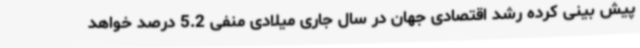
پیش بینی کرده رشد اقتصادی جهان در سال جاری میلادی منفی 5.2 درصد خواهد